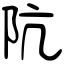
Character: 阬